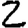
Digit: 2